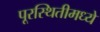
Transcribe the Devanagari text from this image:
पूरस्थितीमध्ये